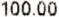
100.00